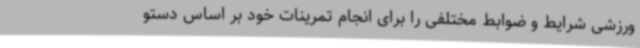
ورزشی شرایط و ضوابط مختلفی را برای انجام تمرینات خود بر اساس دستو